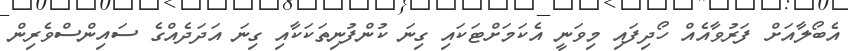
އެބޯލާއަށް ފަރުވާއެއް ހޯދިފައި މިވަނީ އެކަމަށްޓަކައި ގިނަ ކުންފުނިތަކަކާއި ގިނަ އަދަދެއްގެ ސައިންސްވެރިން